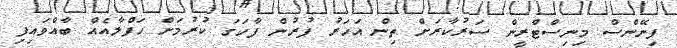
ފިނޭންސް މިނިސްޓްރީން ސަރުކާރަށް ތިން އަހަރު ފުރުން ފާހަގަ ކުރުމަށް ހަފްލާއެއް ބާއްވައިފި